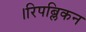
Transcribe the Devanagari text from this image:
।रिपब्लिकन